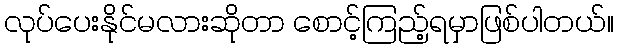
လုပ်ပေးနိုင်မလားဆိုတာ စောင့်ကြည့်ရမှာဖြစ်ပါတယ်။